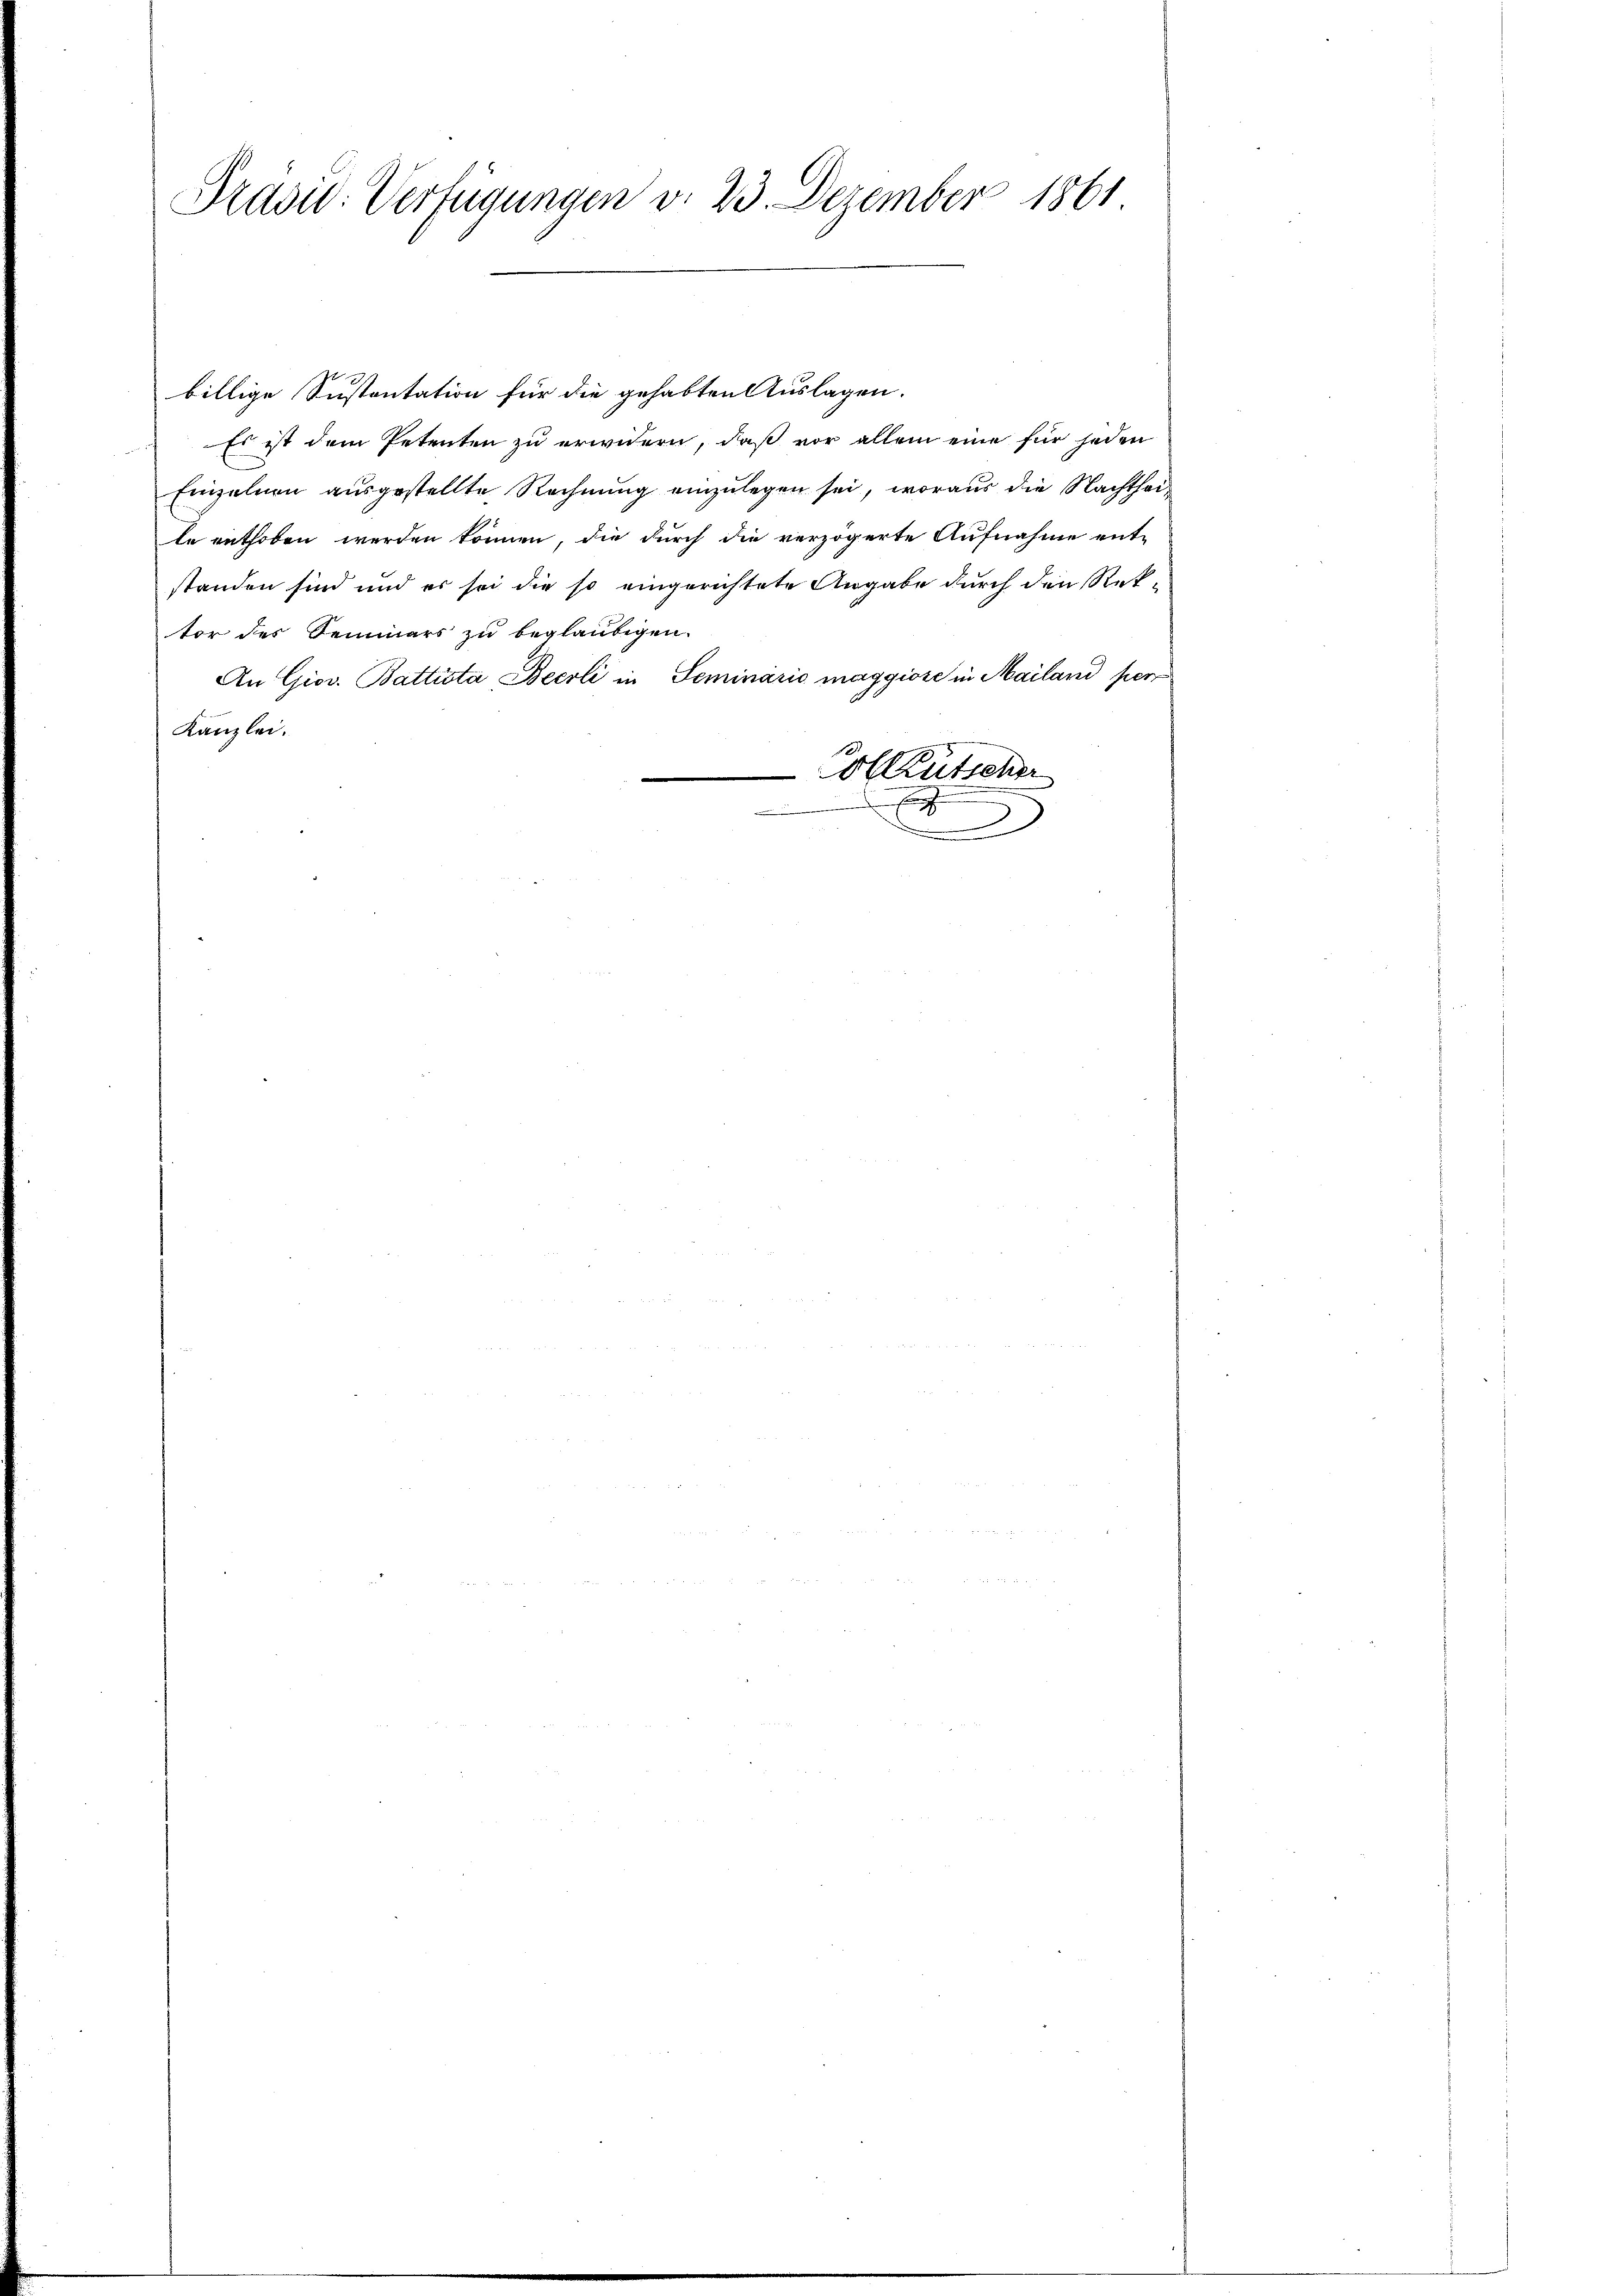
Präsid. Verfügungen v. 23. Dezember 1861

billige Sustentation für die gehabten Auslagen.
Es ist dem Petenten zu erwidern, daß vor allein eine für jeden
Einzelnen ausgestellte Rechnung einzulegen sei, woraus die Nachtheile enthoben werden können, die durch die verzögerte Aufnahme ent-
standen sind und es sei die so eingerichtete Angabe durch den Rektor des Semmers zu beglaubigen.
An Giov. Battista Beerli in Seminario maggiose in Mailand per
Kanzlei.
Colkutscher
.

2